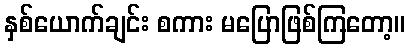
နှစ်ယောက်ချင်း စကား မပြောဖြစ်ကြတော့။